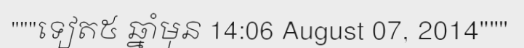
"""ទៀត៥ ឆ្នាំមុន 14:06 August 07, 2014"""